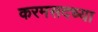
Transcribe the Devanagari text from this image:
करमसदच्या